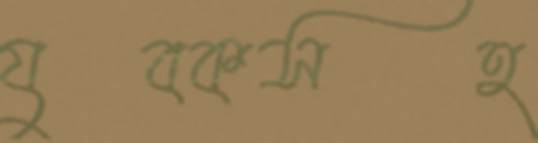
যুবকসহ